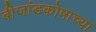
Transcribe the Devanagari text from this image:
बीजांडकोषाच्या